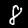
Digit: 8